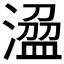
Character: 𣻭